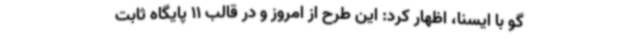
گو با ایسنا، اظهار کرد: این طرح از امروز و در قالب 11 پایگاه ثابت